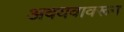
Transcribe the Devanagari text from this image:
अवयवावरून